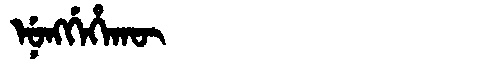
Manchu: ᠨᡠᠩᡤᡝᡥᠠᡴᡡ
Romanization: NUNGGEHAKŪ